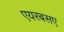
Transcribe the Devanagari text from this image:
एयरबसए